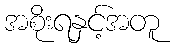
အစိုးရနှင့်အတူ